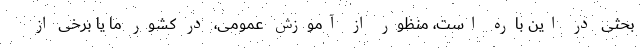
بحثی در این باره است، منظور از آموزش عمومی، در کشور ما یا برخی از